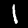
Digit: 1